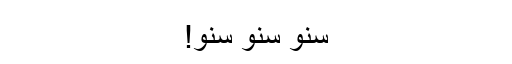
سنو سنو سنو!